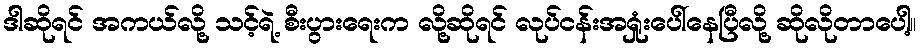
ဒါဆိုရင် အကယ်လို့ သင့်ရဲ့ စီးပွားရေးက လို့ဆိုရင် လုပ်ငန်းအရှုံးပေါ်နေပြီလို့ ဆိုလိုတာပေါ့။